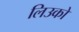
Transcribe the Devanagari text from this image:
लिउको